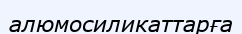
алюмосиликаттарға